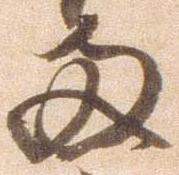
両